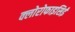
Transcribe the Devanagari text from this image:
क्लोरोफाइसिई